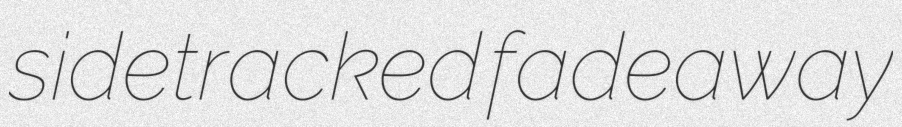
sidetracked fadeaway